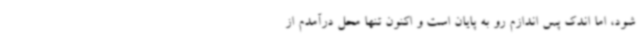
شود، اما اندک پس اندازم رو به پایان است و اکنون تنها محل درآمدم از